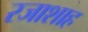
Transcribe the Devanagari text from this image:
रजाशाह